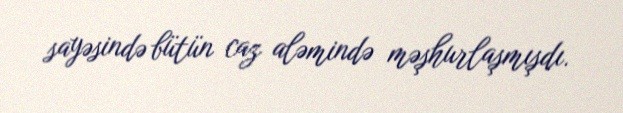
sayəsində bütün caz aləmində məşhurlaşmışdı.